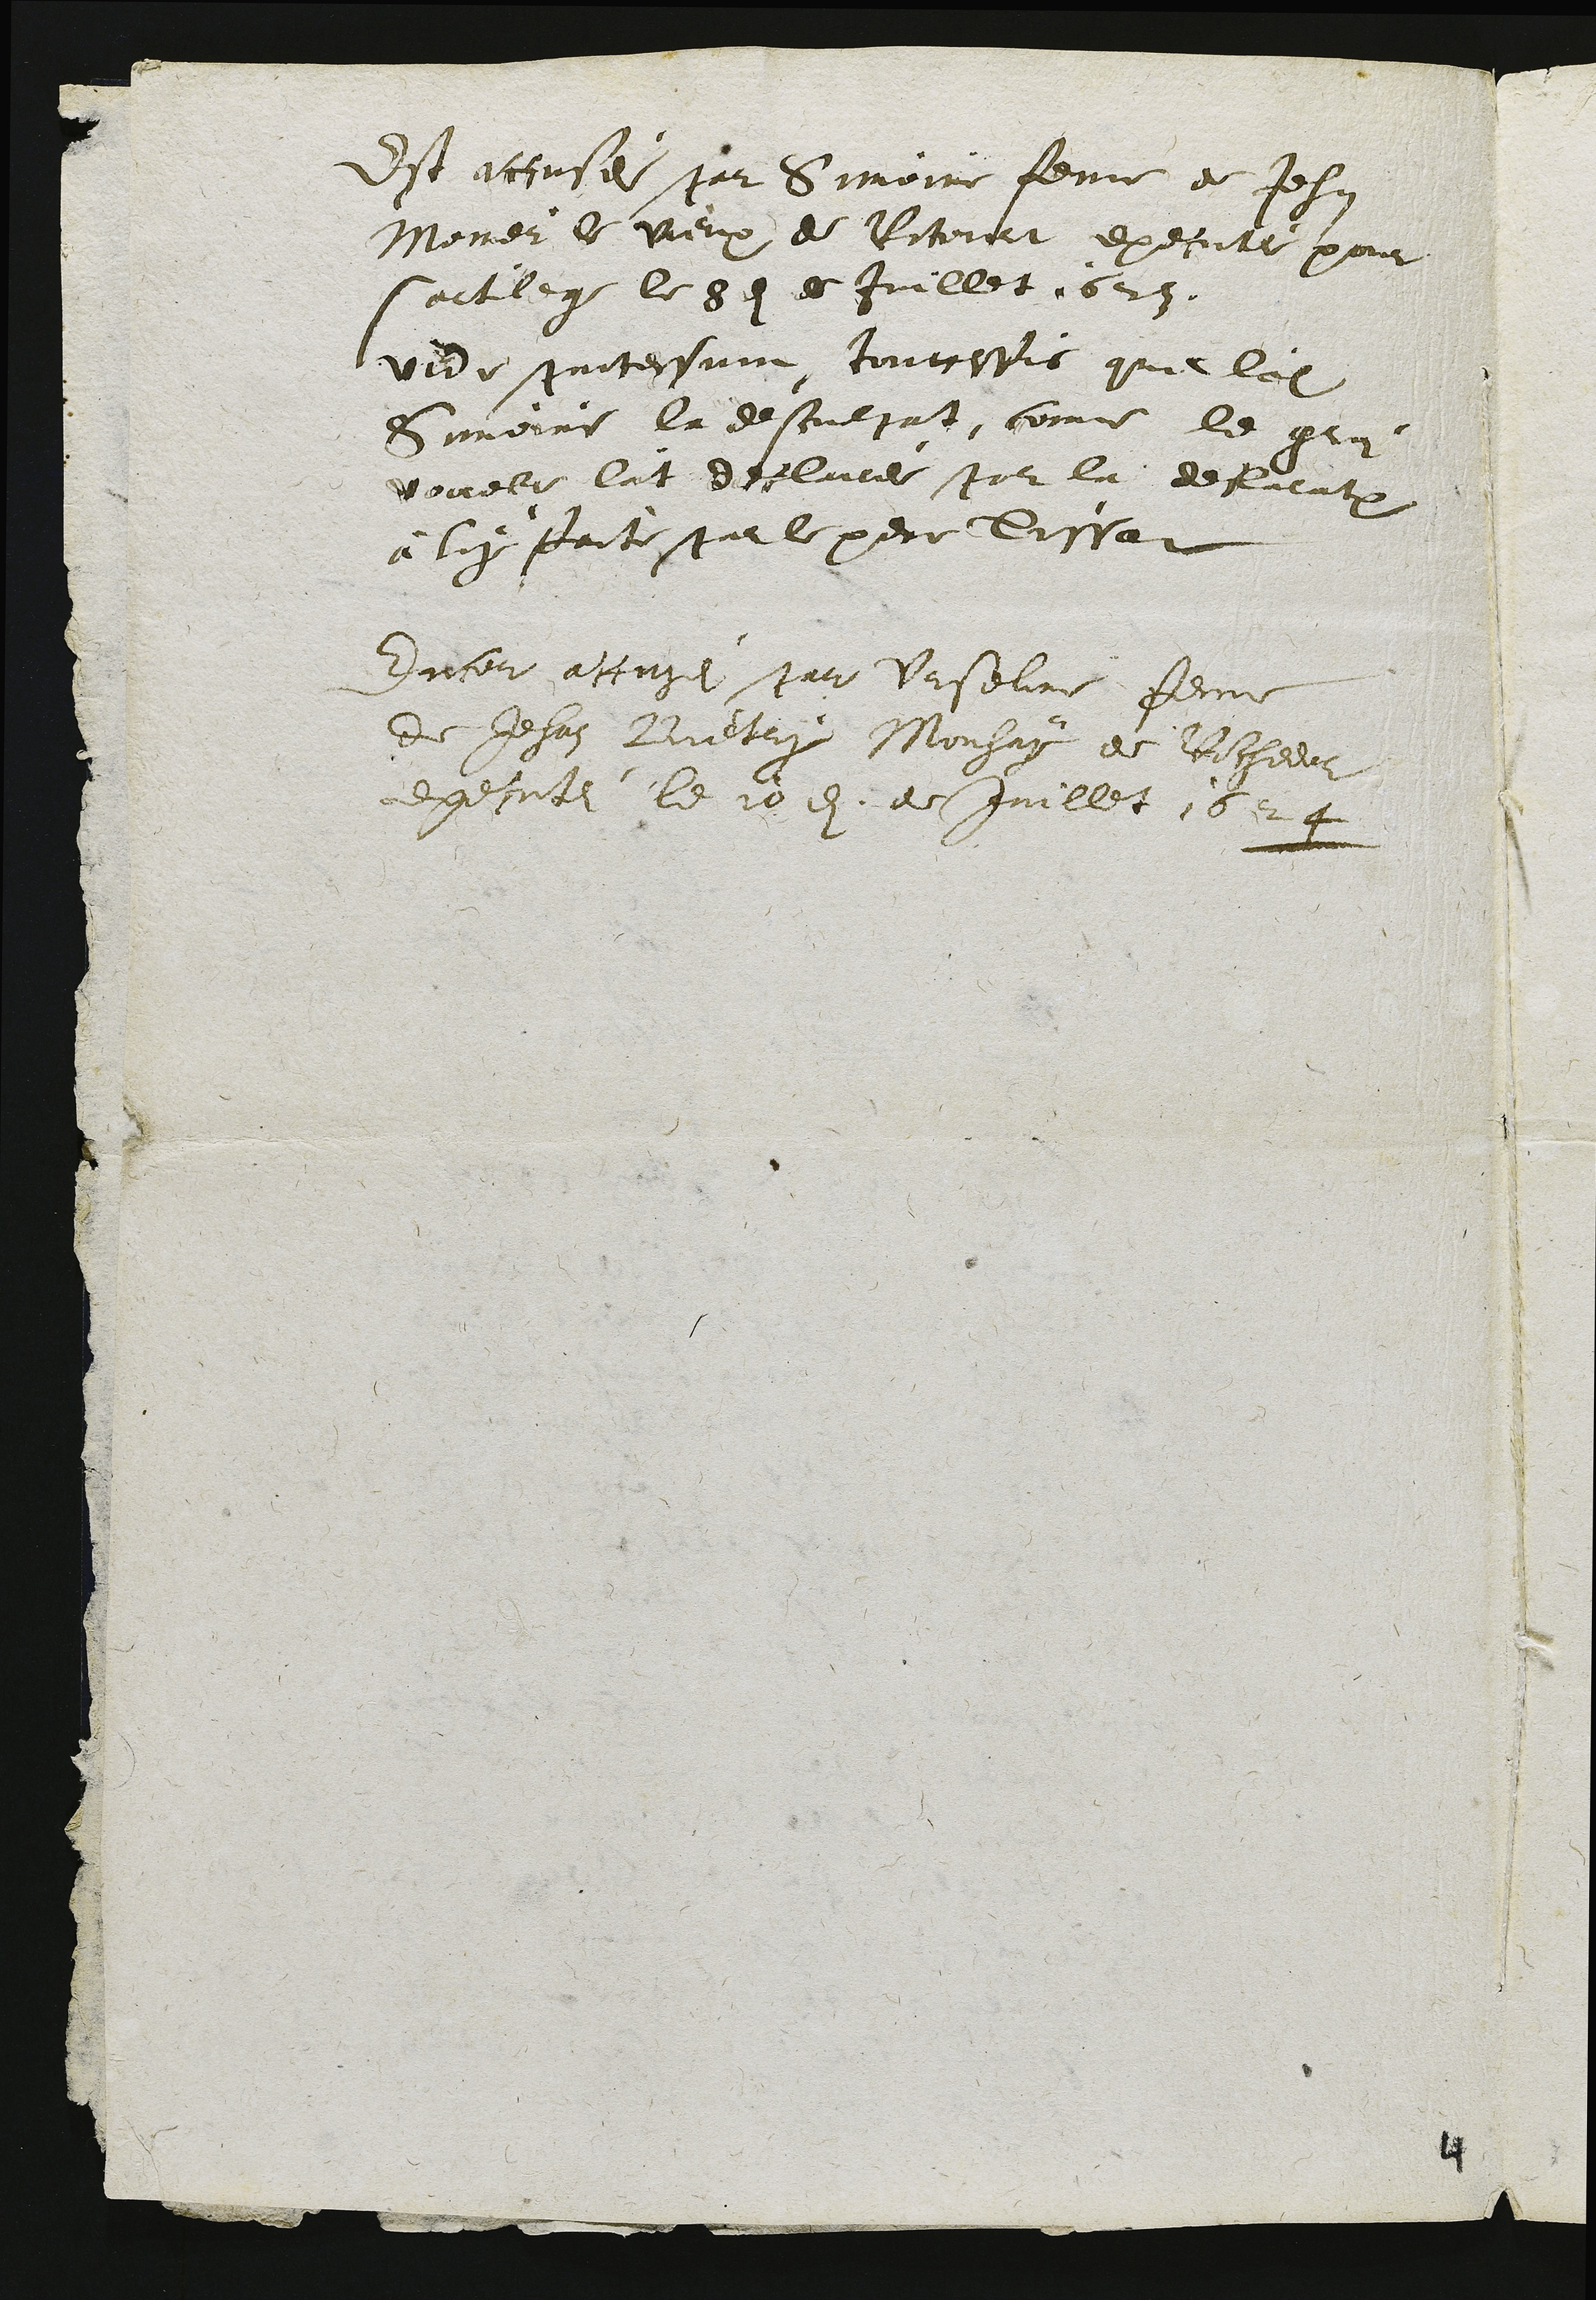
Est accusé par Simoine femme de Jehan
Noner le vieux de Ritourt execute pour
sortilege le 8d es Juillet 1623.
vide pntessan, toutetis que las
Simoire la desculpat, comme le gen
Pouele lat declancer par la delientron
à luy paite par le perr Sissat
Encer attuse par Urselne femme
de Jehan Bietry Monsay de Richeeur
execute le 10 9 de Juillet 1524

4